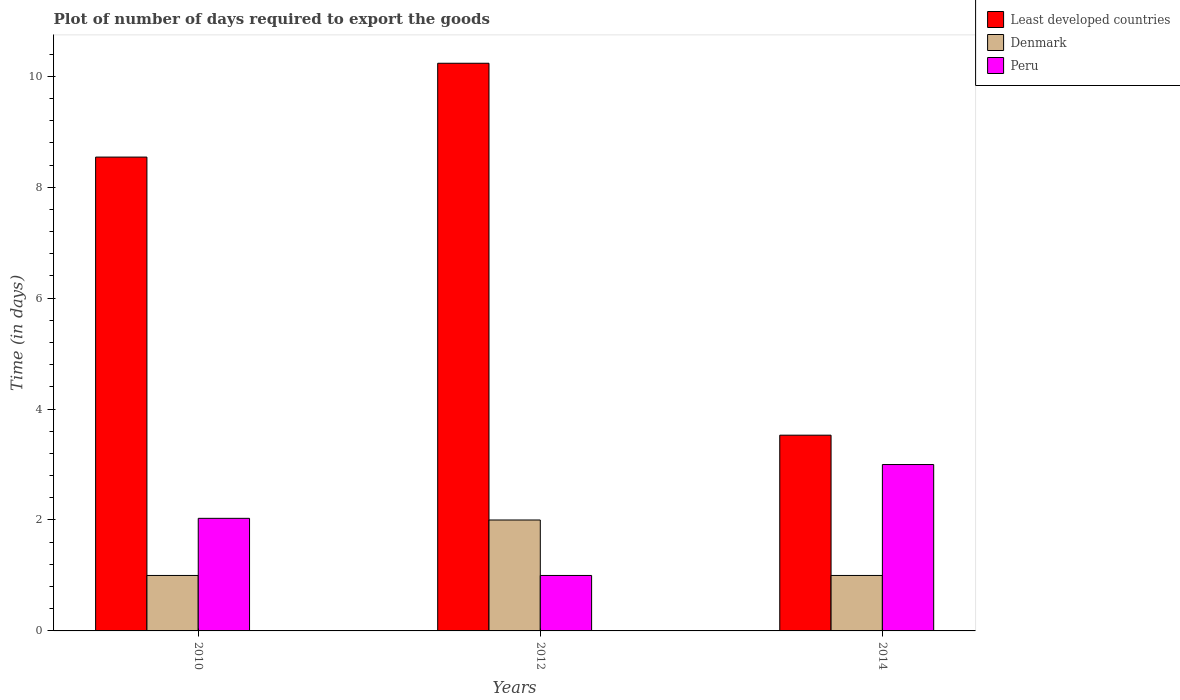
| Years | Least developed countries | Denmark | Peru |
 | --- | --- | --- | --- |
 | 2010 | 8.54 | 1 | 2.03 |
 | 2012 | 10.2 | 2 | 1 |
 | 2014 | 3.53 | 1 | 3 |